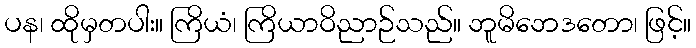
ပန၊ ထိုမှတပါး။ ကြိယံ၊ ကြိယာဝိညာဉ်သည်။ ဘူမိဘေဒတော၊ ဖြင့်။